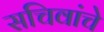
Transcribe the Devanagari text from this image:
सचिवांचे